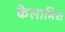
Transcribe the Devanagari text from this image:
केलामिस